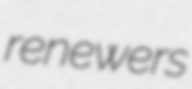
renewers